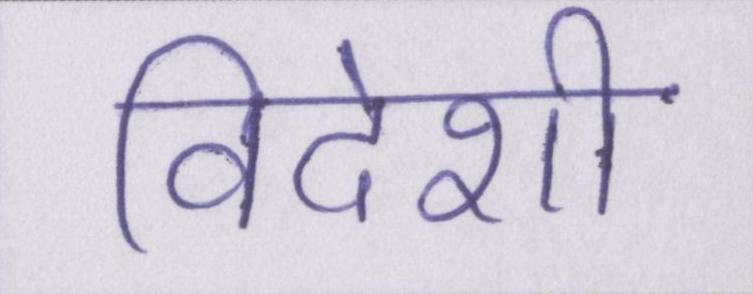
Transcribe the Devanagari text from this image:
विदेशी